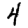
Digit: 4